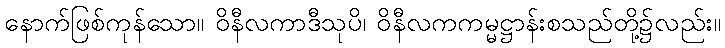
နောက်ဖြစ်ကုန်သော။ ဝိနီလကာဒီသုပိ၊ ဝိနီလကကမ္မဋ္ဌာန်းစသည်တို့၌လည်း။